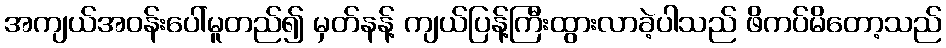
အကျယ်အဝန်းပေါ်မူတည်၍ မှတ်နန့် ကျယ်ပြန့်ကြီးထွားလာခဲ့ပါသည် ဖိကပ်မိတော့သည်